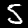
Digit: 5